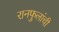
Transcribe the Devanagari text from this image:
रानफुलांची